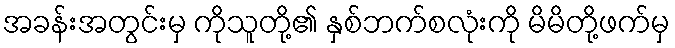
အခန်းအတွင်းမှ ကိုသူတို့၏ နှစ်ဘက်စလုံးကို မိမိတို့ဖက်မှ